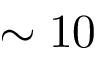
\sim 1 0